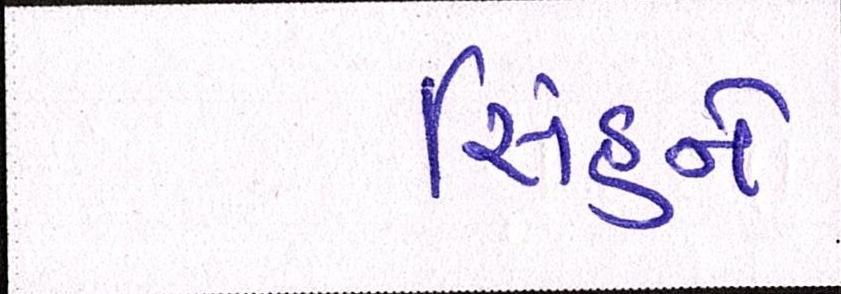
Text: સિંહને